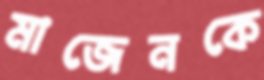
মাজেনকে